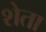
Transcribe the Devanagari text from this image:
शेता